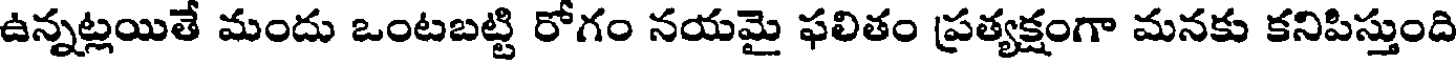
ఉన్నట్లయితే మందు ఒంటబట్టి రోగం నయమై ఫలితం ప్రత్యక్షంగా మనకు కనిపిస్తుంది